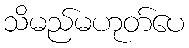
သိမည်မဟုတ်ပေ